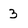
Character: 3